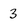
Character: 3